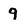
Character: q